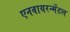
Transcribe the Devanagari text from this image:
एनवायरन्मेंटल